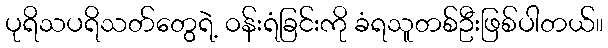
ပုရိသပရိသတ်တွေရဲ့ ဝန်းရံခြင်းကို ခံရသူတစ်ဦးဖြစ်ပါတယ်။